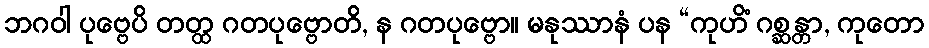
ဘဂဝါ ပုဗ္ဗေပိ တတ္ထ ဂတပုဗ္ဗောတိ, န ဂတပုဗ္ဗော။ မနုဿာနံ ပန “ကုဟိံ ဂစ္ဆန္တာ, ကုတော